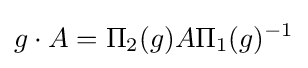
g\cdot A=\Pi _{2}(g)A\Pi _{1}(g)^{-1}